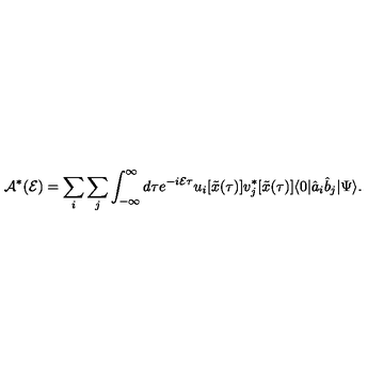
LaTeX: { \cal A } ^ { * } ( { \cal E } ) = \sum _ { i } \sum _ { j } \int _ { - \infty } ^ { \infty } d \tau e ^ { - i { \cal E } \tau } u _ { i } [ { \tilde { x } } ( \tau ) ] v _ { j } ^ { * } [ { \tilde { x } } ( \tau ) ] \langle 0 \vert { \hat { a } } _ { i } { \hat { b } } _ { j } \vert \Psi \rangle .